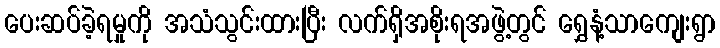
ပေးဆပ်ခဲ့ရမှုကို အသံသွင်းထားပြီး လက်ရှိအစိုးရအဖွဲ့တွင် ရွှေနံ့သာကျေးရွာ